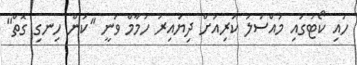
ހައި ކޯޓުގައި މައްސަލަ ކުރިއަށް ދިޔައިރު ހުމާމް ވަނީ "ކަން ހިނގި ގޮތް"